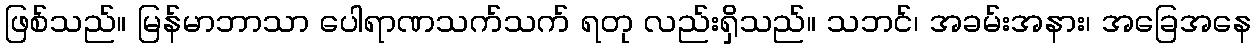
ဖြစ်သည်။ မြန်မာဘာသာ ပေါရာဏသက်သက် ရတု လည်းရှိသည်။ သဘင်၊ အခမ်းအနား၊ အခြေအနေ